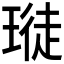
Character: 𪼊